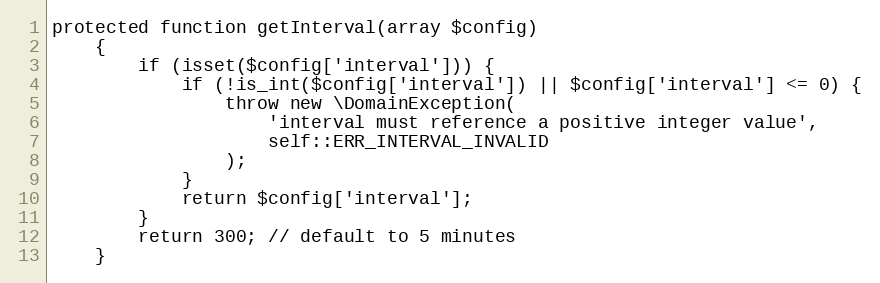
Language: PHP
protected function getInterval(array $config)
    {
        if (isset($config['interval'])) {
            if (!is_int($config['interval']) || $config['interval'] <= 0) {
                throw new \DomainException(
                    'interval must reference a positive integer value',
                    self::ERR_INTERVAL_INVALID
                );
            }
            return $config['interval'];
        }
        return 300; // default to 5 minutes
    }